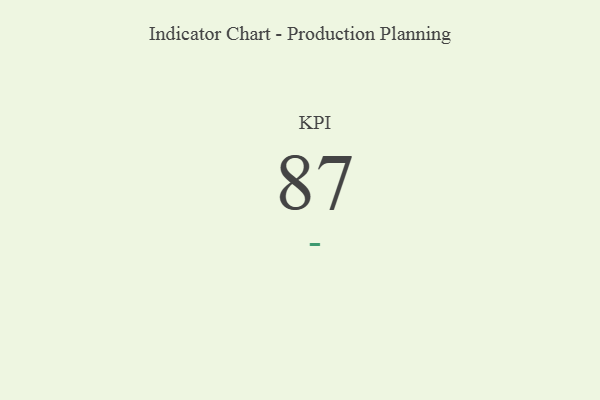
{"axis": {"x": "KPI", "y": "Value"}, "legend": [""], "data": [{"x": "KPI", "y": 87, "type": ""}]}